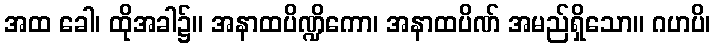
အထ ခေါ၊ ထိုအခါ၌။ အနာထပိဏ္ဍိကော၊ အနာထပိဏ် အမည်ရှိသော။ ဂဟပိ၊